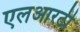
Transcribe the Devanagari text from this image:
एलआरटी